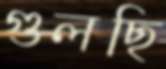
গুলছি